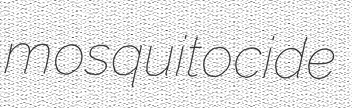
mosquitocide